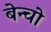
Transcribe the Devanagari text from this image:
बेन्चो